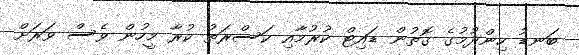
ބަނޑު ހިންދުމުގެ ގޮތުން ޑައިޓް ކުރުމާއި ކަސްރަތު ކުރާ މީހުން ވެސް ވަރަށް